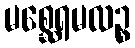
မစ္ဆေရမလဉ္စ